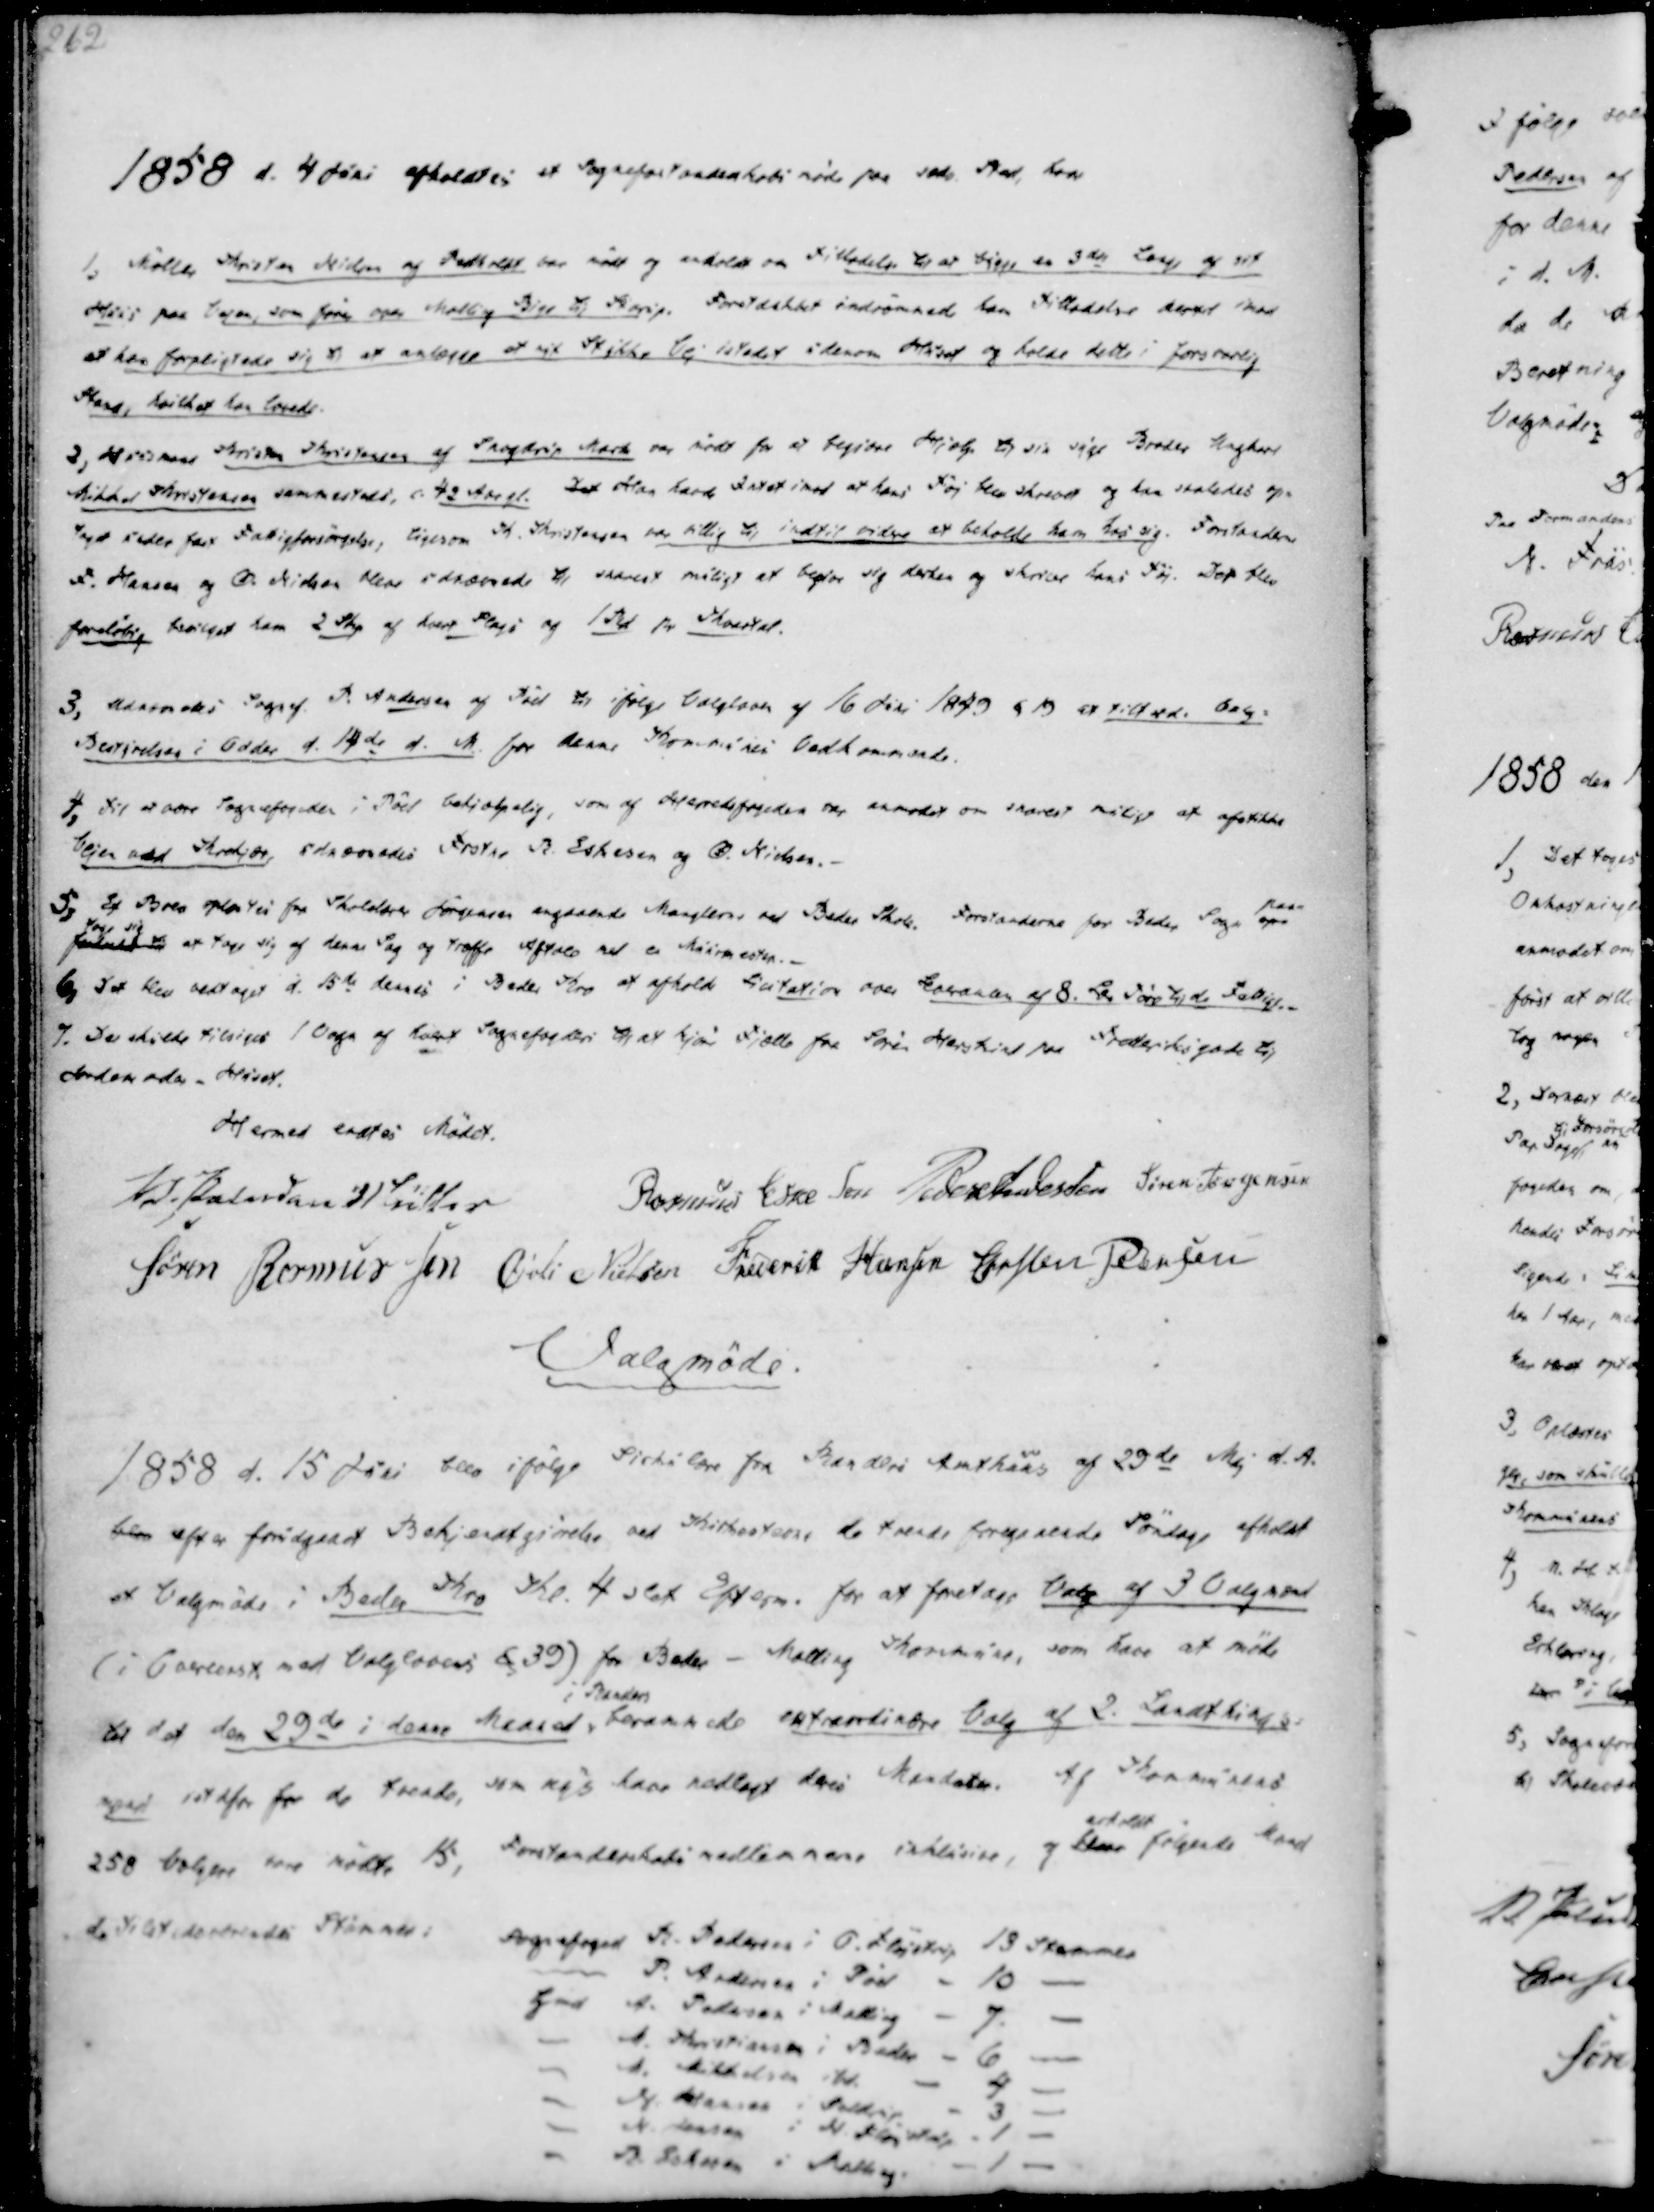
Transskription:
1858 d. 4 Juni afholdtes et Sogneforstanderskabsmøde paa sædv. Sted, hvor

1, Møller Kristen Nielsen af Pedholdt var mødt og anholdt om Tilladelse til at bygge en 3die Lange af sit
Huus paa Vejen, som fører over Malling Bye til Starup. Forstdskbet indrømmede ham Tilladelse derved imod
at han forpligtede sig til at anlægge et nyt Stykke Vej istedet indenom Huset og holde dette i forsvarlig
Stand, hvilket han lovede.
2, Huusmand Kristen Kristensen af Snogdrup Mark var mødt for at begjære Hjælp til sin syge Broder Ungkarl
Mikkel Kristensen sammesteds, c. 42 Aar gl. Det Han havde Intet imod at hans Tøj blev skrevet og han saaledes op-
taget under fast Fattigforsørgelse, ligesom K. Kristensen var villig til indtil videre at beholde ham hos sig. Forstanderne
F. Hansen og Ø. Nielsen bleve udnævede til snarest muligt at begive sig derhen og skrive hans Tøj. Dog blev
foreløbig bevilget ham 2 Skp af hvert Slags og 1 Rd pr Kvartal.

3, Udnævnedes Sognef. P. Andersen af Pøel til ifølge Valgloven af 16 Juni 1849 §19 at tillade Valg-
Bestyrelsen i Odder d. 14de d. M. for denne Kommunes Vedkommende.
4, Til at være Sognefogeden i Pøel behjælpelig, som af Herredsfogeden var anmodet om snarest muligt at afstikke
Vejen ved Krekjær, udnævnedes Frstne R. Eskesen og Ø. Nielsen.
5, Et Brev oplæstes fra Skolelærer Jørgensen angaaende Manglerne ved Beder Skole. Forstanderne for Beder Sogn paa-
tage sig
fundet til at tage sig af denne Sag og træffe Aftale med en Muurmester.-
6, Det blev vedtaget d. 15de dennes i Beder Kro at afholde Licitation over Leverancen af 8. Lær Tørdkude Fattige.-
7. Der skulde tilsiges 1 Vogn af hvert Sognefogderi til at kjøre Fjælle fra Søren Herskind paa Frederiksgade til
Jordemoder-Huset.

Hermed endtes Mødet.
V Paludan Müller
Rasmus Eskesen
Peder Andersen
Søren Jørgensen
Søren Rasmussen
Øvli Nielsen
Frederik Hansen
Christen Pedersen

Valgmøde.

1858 d. 15 Juni blev ifølge Sirkulære fra Randers Amthuus af 29de Maj d.A.
blev efter forudgaaet Bekjendtgjørelse ved Kirkestævne de tvende foregaaende Søndage afholdt
et Valgmøde i Beder Kro Kl. 4 slet Efterm. for at foretage Valg af 3 Valgmænd
(i Overeenst. med Valglovens § 39) for Beder - Malling Kommune, som have at møde
til det den 29de i denne Maaned
i Randers
berammede extraordinære Valg af 2. Landsthings-
mænd istdfor for de trende, som nys have nedlagt deres Mandater. Af Kommunens
258 Vælgere vare mødte 15, Forstanderskabsmedlemmerne inklusive, og bleve
erholdt
følgende Mænd
de tilstedeværendes Stemmer:

Sognefoged R. Pedersen i O. Fløystrup 13 Stemmer
P. Andersen i Pøel
10
Gmd A. Pedersen i Malling
7.
M. Kristiansen i Beder
6
M. Mikkelsen ibd.
4
N. Hansen i Seldrup
3
N. Jensen i N. Fløjstrup
1
R. Eskesen i Malling.
1